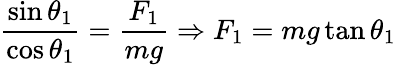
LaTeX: {\frac{\sin\theta_{1}}{\cos\theta_{1}}}={\frac{F_{1}}{mg}}\Rightarrow F_{1}=mg\tan\theta_{1}